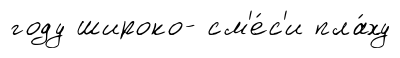
году широко- см'е́с'и пла́ху